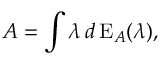
A = \int \lambda \, d \operatorname { E } _ { A } ( \lambda ) ,